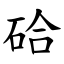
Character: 硆